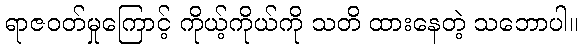
ရာဇဝတ်မှုကြောင့် ကိုယ့်ကိုယ်ကို သတိ ထားနေတဲ့ သဘောပါ။